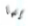
إنها